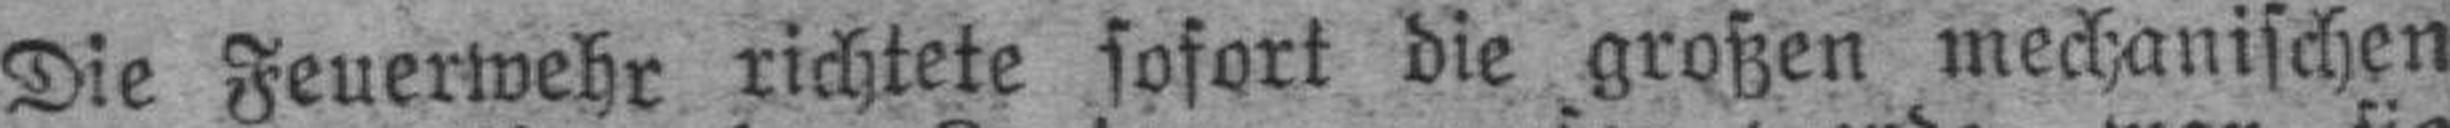
Die Feuerwehr richtete sofort die großen mechanischen